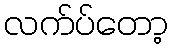
လက်ပ်တော့